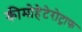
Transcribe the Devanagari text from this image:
कीमोहेटेरोट्राफ